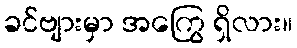
ခင်ဗျားမှာ အကြွေ ရှိလား။